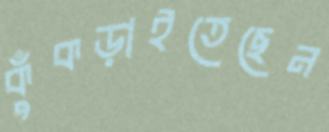
কুঁকড়াইতেছেন